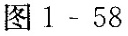
图1-58